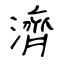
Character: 濟